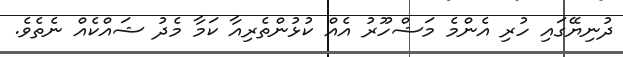
ދުނިޔޭގައި ހުރި އެންމެ މަޝްހޫރު އެއް ކުޅުންތެރިއާ ކަމާ މެދު ޝައްކެއް ނެތެވެ.